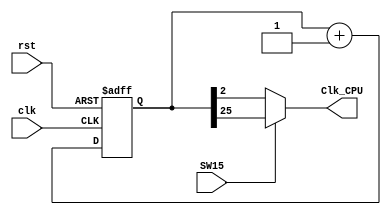
// This program was cloned from: https://github.com/Crzax/riscv_pipeline
// License: MIT License

`timescale 1ns / 1ps
//////////////////////////////////////////////////////////////////////////////////
// Company: 
// Engineer: 
// 
// Create Date:    
// Design Name: 
// Module Name:    CLK_DIV 
// Project Name: 
// Target Devices: 
// Tool versions: 
// Description: 
//
// Dependencies: 
//
// Revision: 
// Revision 0.01 - File Created
// Additional Comments: 
//
//////////////////////////////////////////////////////////////////////////////////
module CLK_DIV( input clk,
                input rst,
                input SW15,
                output Clk_CPU
              );

// Clock divider

  reg[31:0]clkdiv;

  always @ (posedge clk or posedge rst) begin 
    if (rst) clkdiv <= 0; else clkdiv <= clkdiv + 1'b1; end

  assign Clk_CPU=(SW15)? clkdiv[25] : clkdiv[2];  // SW15 to select slow cpu clock or fast cpu clk

endmodule